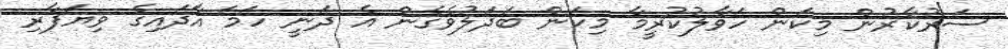
ސަރުކާރުން މިކަން ހަވާލުކުރީމާ މިކަން ބަދަލުވެގެން އެ ދަނީ ހަމަ އާދައިގެ ވިޔަފާރި